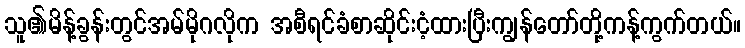
သူ၏မိန့်ခွန်းတွင်အမ်မိုဂလိုက အစီရင်ခံစာဆိုင်းငံ့ထားပြီးကျွန်တော်တို့ကန့်ကွက်တယ်။